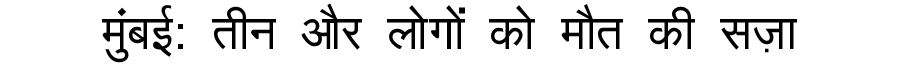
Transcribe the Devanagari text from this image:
मुंबई: तीन और लोगों को मौत की सज़ा